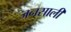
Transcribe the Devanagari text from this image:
जनसाली